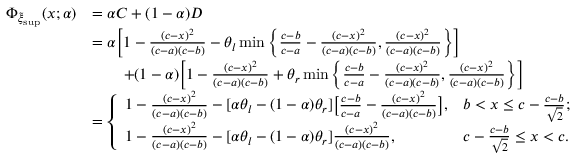
\begin{array} { r l } { \Phi _ { \tilde { \xi } _ { \operatorname* { s u p } } } ( x ; \alpha ) } & { = \alpha C + ( 1 - \alpha ) D } \\ & { = \alpha \bigg [ 1 - \frac { ( c - x ) ^ { 2 } } { ( c - a ) ( c - b ) } - \theta _ { l } \operatorname* { m i n } \bigg \{ \frac { c - b } { c - a } - \frac { ( c - x ) ^ { 2 } } { ( c - a ) ( c - b ) } , \frac { ( c - x ) ^ { 2 } } { ( c - a ) ( c - b ) } \bigg \} \bigg ] } \\ & { \qquad + ( 1 - \alpha ) \bigg [ 1 - \frac { ( c - x ) ^ { 2 } } { ( c - a ) ( c - b ) } + \theta _ { r } \operatorname* { m i n } \bigg \{ \frac { c - b } { c - a } - \frac { ( c - x ) ^ { 2 } } { ( c - a ) ( c - b ) } , \frac { ( c - x ) ^ { 2 } } { ( c - a ) ( c - b ) } \bigg \} \bigg ] } \\ & { = \left\{ \begin{array} { l l } { 1 - \frac { ( c - x ) ^ { 2 } } { ( c - a ) ( c - b ) } - [ \alpha \theta _ { l } - ( 1 - \alpha ) \theta _ { r } ] \big [ \frac { c - b } { c - a } - \frac { ( c - x ) ^ { 2 } } { ( c - a ) ( c - b ) } \big ] , } & { b < x \leq c - \frac { c - b } { \sqrt { 2 } } ; } \\ { 1 - \frac { ( c - x ) ^ { 2 } } { ( c - a ) ( c - b ) } - [ \alpha \theta _ { l } - ( 1 - \alpha ) \theta _ { r } ] \frac { ( c - x ) ^ { 2 } } { ( c - a ) ( c - b ) } , } & { c - \frac { c - b } { \sqrt { 2 } } \leq x < c . } \end{array} \right. } \end{array}